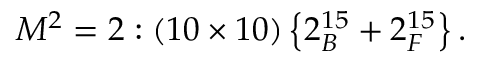
M ^ { 2 } = 2 : \left( 1 0 \times 1 0 \right) \left\{ 2 _ { B } ^ { 1 5 } + 2 _ { F } ^ { 1 5 } \right\} .